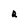
Character: r